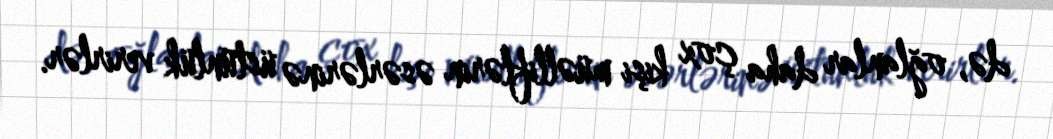
də, oğlanlar daha çox kişi müəlliflərin əsərlərinə üstünlük verirlər.